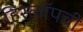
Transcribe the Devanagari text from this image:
हिस्लॉपची